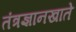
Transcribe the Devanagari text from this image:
तंत्रज्ञानखाते